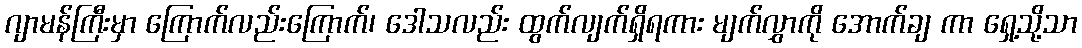
ဂျာမန်ကြီးမှာ ကြောက်လည်းကြောက်၊ ဒေါသလည်း ထွက်လျက်ရှိရကား မျက်လွှာကို အောက်ချ ကာ ရှေ့သို့သာ